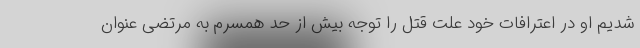
شدیم او در اعترافات خود علت قتل را توجه بیش از حد همسرم به مرتضی عنوان